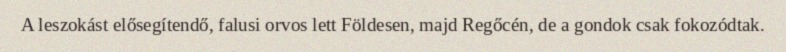
A leszokást elősegítendő, falusi orvos lett Földesen, majd Regőcén, de a gondok csak fokozódtak.